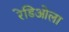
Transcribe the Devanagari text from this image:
रेडिओला